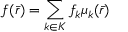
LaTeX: f ( { \bar { r } } ) = \sum _ { k \in K } f _ { k } \mu _ { k } ( { \bar { r } } )